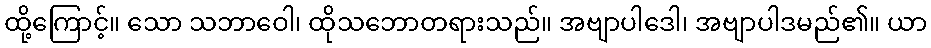
ထို့ကြောင့်။ သော သဘာဝေါ၊ ထိုသဘောတရားသည်။ အဗျာပါဒေါ၊ အဗျာပါဒမည်၏။ ယာ